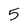
Character: 5